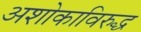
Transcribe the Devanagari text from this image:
अशोकाविरुद्ध